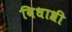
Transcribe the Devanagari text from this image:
विधाश्री